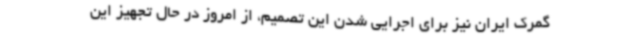
گمرک ایران نیز برای اجرایی شدن این تصمیم، از امروز در حال تجهیز این